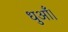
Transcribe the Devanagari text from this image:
धुआँ।